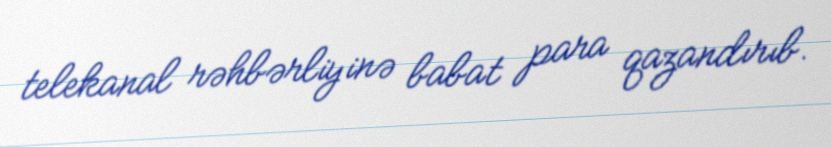
telekanal rəhbərliyinə babat para qazandırıb.